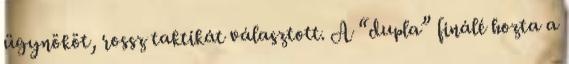
ügynököt, rossz taktikát választott. A “dupla” finálé hozta a